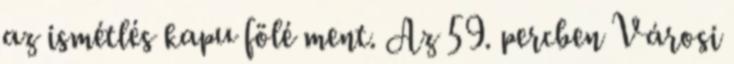
az ismétlés kapu fölé ment. Az 59. percben Városi